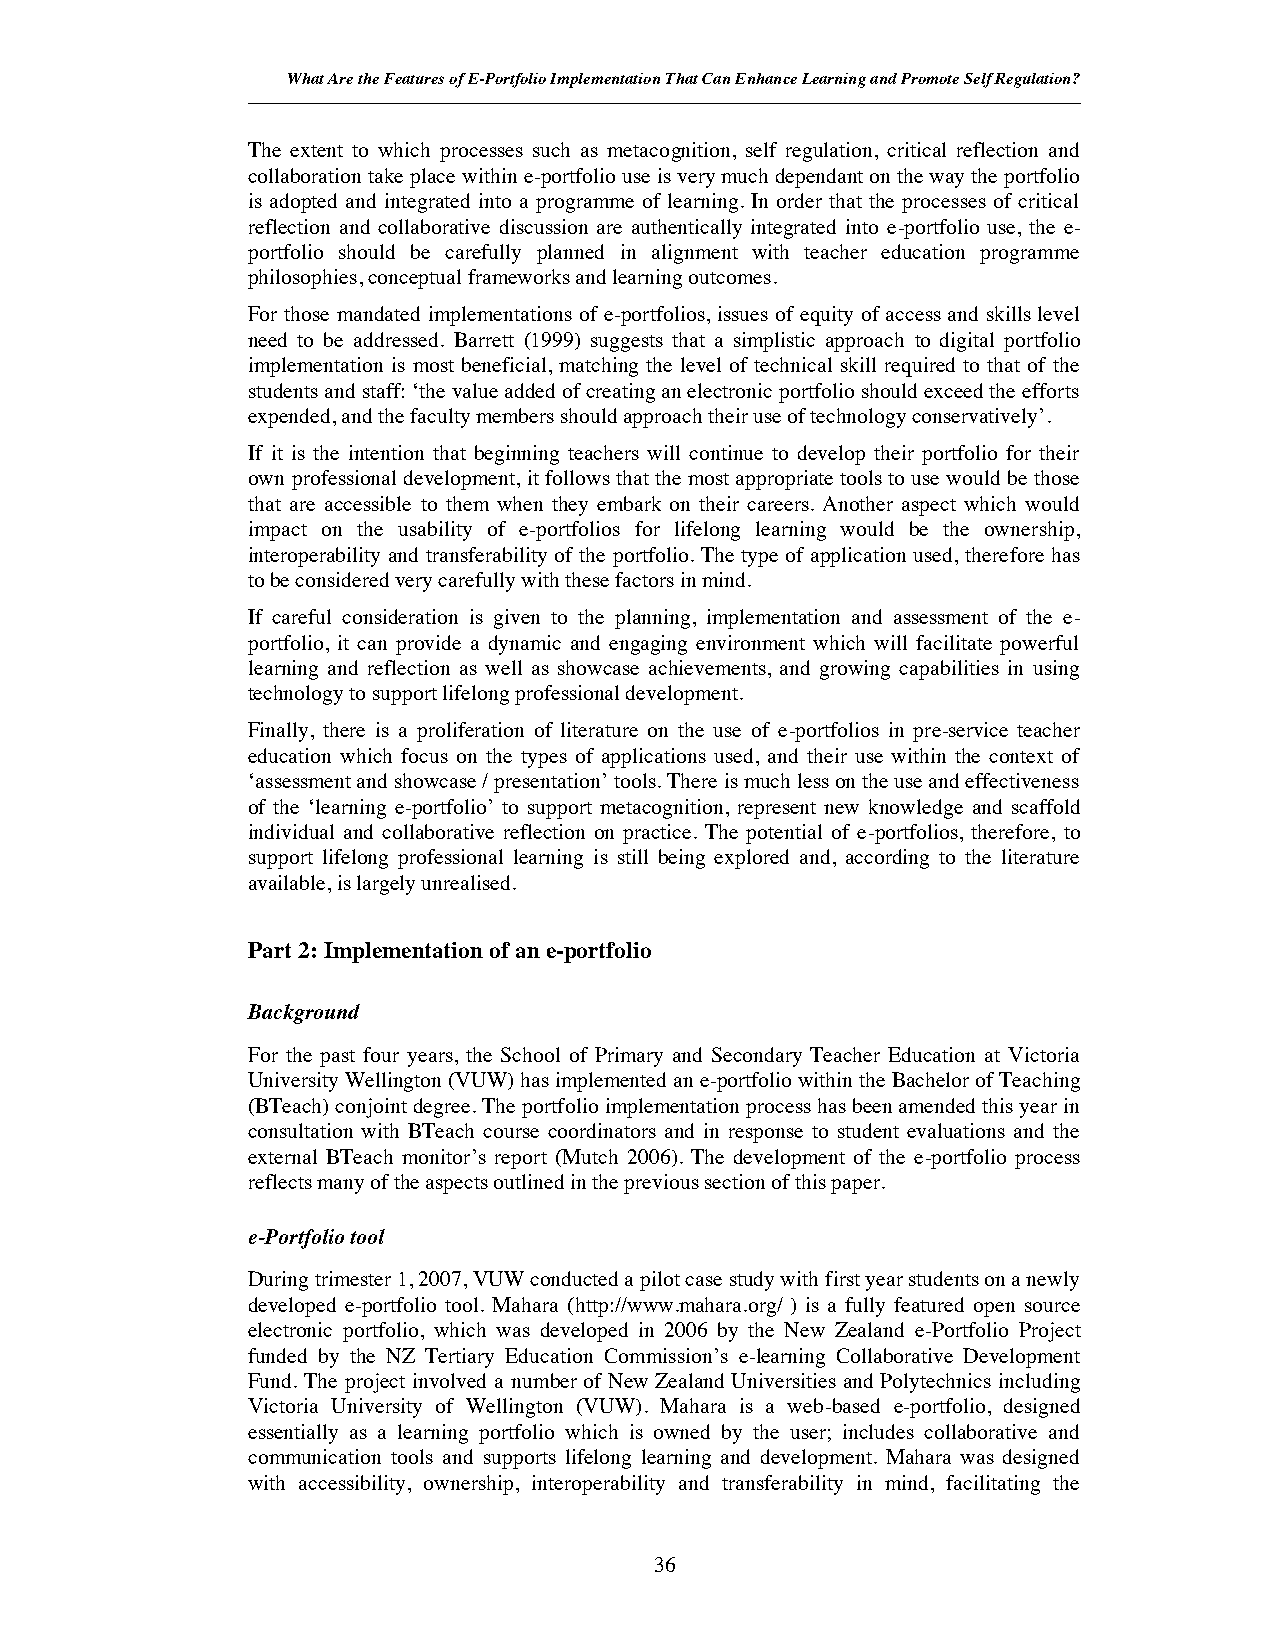
What Are the Features of E-Portfolio Implementation That Can Enhance Learning and Promote Self Regulation?
 The extent to which processes such as metacognition, self regulation, critical reflection and
 collaboration take place within e-portfolio use is very much dependant on the way the portfolio
 is adopted and integrated into a programme of learning. In order that the processes of critical
 reflection and collaborative discussion are authentically integrated into e-portfolio use, the e-
 portfolio should be carefully planned in alignment with teacher education programme
 philosophies, conceptual frameworks and learning outcomes.
 For those mandated implementations of e-portfolios, issues of equity of access and skills level
 need to be addressed. Barrett (1999) suggests that a simplistic approach to digital portfolio
 implementation is most beneficial, matching the level of technical skill required to that of the
 students and staff: ‘the value added of creating an electronic portfolio should exceed the efforts
 expended, and the faculty members should approach their use of technology conservatively’.
 If it is the intention that beginning teachers will continue to develop their portfolio for their
 own professional development, it follows that the most appropriate tools to use would be those
 that are accessible to them when they embark on their careers. Another aspect which would
 impact on the usability of e-portfolios for lifelong learning would be the ownership,
 interoperability and transferability of the portfolio. The type of application used, therefore has
 to be considered very carefully with these factors in mind.
 If careful consideration is given to the planning, implementation and assessment of the e-
 portfolio, it can provide a dynamic and engaging environment which will facilitate powerful
 learning and reflection as well as showcase achievements, and growing capabilities in using
 technology to support lifelong professional development.
 Finally, there is a proliferation of literature on the use of e-portfolios in pre-service teacher
 education which focus on the types of applications used, and their use within the context of
 ‘assessment and showcase / presentation’ tools. There is much less on the use and effectiveness
 of the ‘learning e-portfolio’ to support metacognition, represent new knowledge and scaffold
 individual and collaborative reflection on practice. The potential of e-portfolios, therefore, to
 support lifelong professional learning is still being explored and, according to the literature
 available, is largely unrealised.
 Part 2: Implementation of an e-portfolio
 Background
 For the past four years, the School of Primary and Secondary Teacher Education at Victoria
 University Wellington (VUW) has implemented an e-portfolio within the Bachelor of Teaching
 (BTeach) conjoint degree. The portfolio implementation process has been amended this year in
 consultation with BTeach course coordinators and in response to student evaluations and the
 external BTeach monitor’s report (Mutch 2006). The development of the e-portfolio process
 reflects many of the aspects outlined in the previous section of this paper.
 e-Portfolio tool
 During trimester 1, 2007, VUW conducted a pilot case study with first year students on a newly
 developed e-portfolio tool. Mahara (http://www.mahara.org/ ) is a fully featured open source
 electronic portfolio, which was developed in 2006 by the New Zealand e-Portfolio Project
 funded by the NZ Tertiary Education Commission’s e-learning Collaborative Development
 Fund. The project involved a number of New Zealand Universities and Polytechnics including
 Victoria University of Wellington (VUW). Mahara is a web-based e-portfolio, designed
 essentially as a learning portfolio which is owned by the user; includes collaborative and
 communication tools and supports lifelong learning and development. Mahara was designed
 with accessibility, ownership, interoperability and transferability in mind, facilitating the
 36